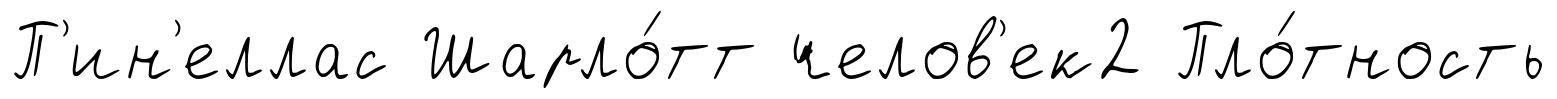
П'ин'еллас Шарло́тт челов'ек2 Пло́тность